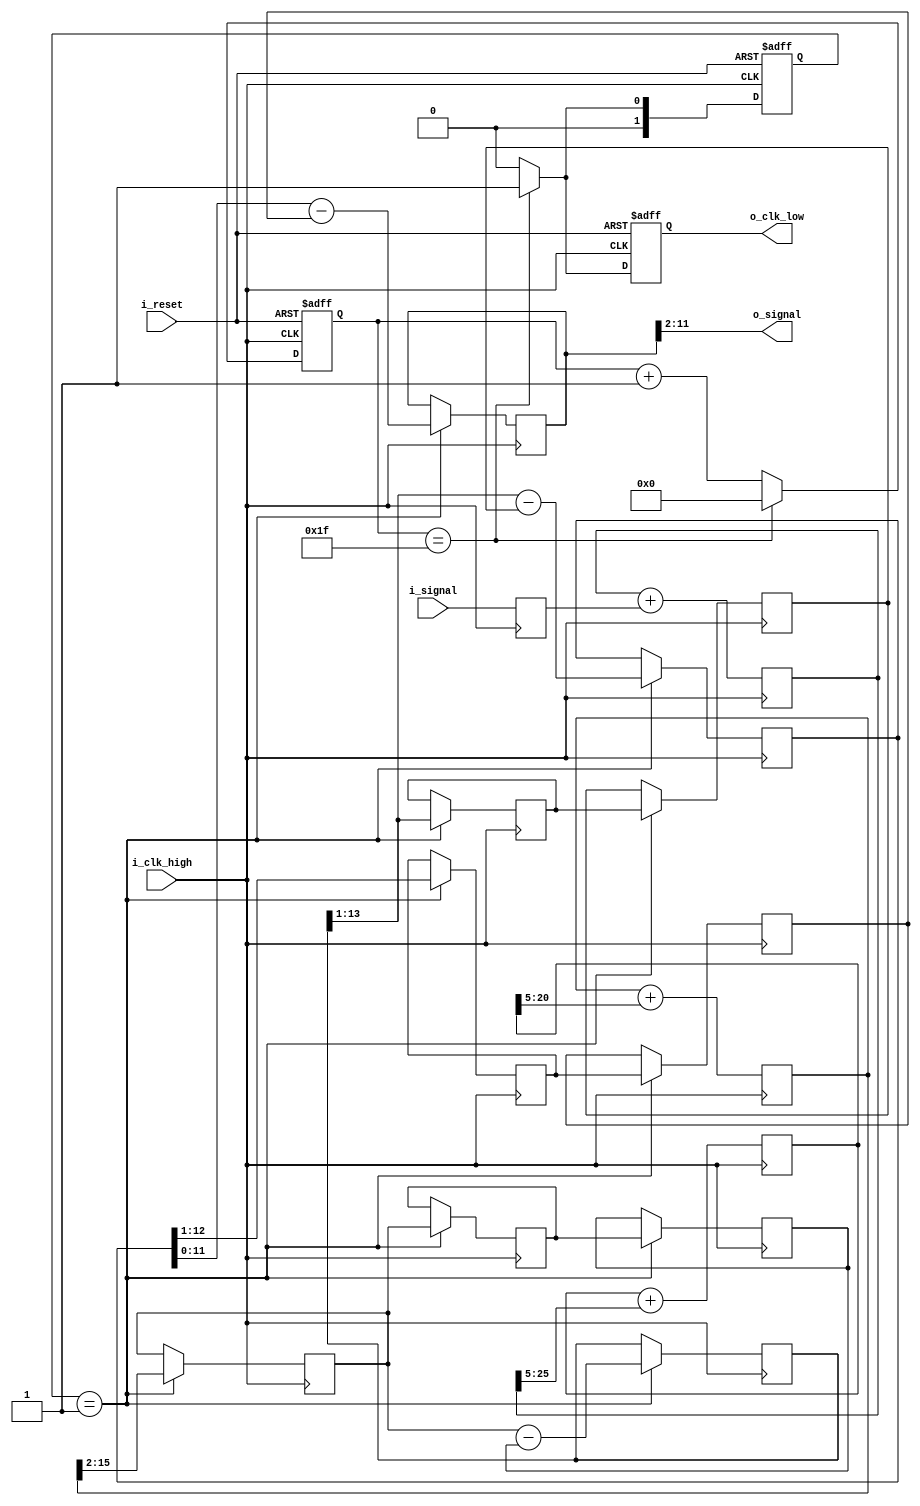
// Company : CKT
// Module : CIC filter
// Descrisption: CIC Decimation filter with factor of 32. This example base on example of Uwe.Meyer - Bease 
// Books: Digital Signal Processing , Page 695
// CIC Decimation includes 2 sectors: Intergrater and Comb
// Decimation factor M = 32 (decrease the Fs 32 times)
// Number of Intergrator stages: 3
// Number of Comb stages: 3
// Signal input bit width: 8 bits
// signal output bit width : 10 bits
module cic32
    (
        input i_clk_high,
        input i_reset,
        input [7:0] i_signal,
        output reg o_clk_low,
        output [9:0] o_signal
    );

    localparam hold   = 1'b0;
    localparam sample = 1'b1;
    reg [1:0] r_main_ST;
    reg [4:0] r_counter;
    reg [7:0] r_signal_in;
    reg [25:0] r_intergrator_0;
    reg [20:0] r_intergrator_1;
    reg [15:0] r_intergrator_2;
    reg [13:0] r_intergrator_2_decimation_1;
    reg [13:0] r_intergrator_2_decimation_2;
    reg [13:0] r_comb_0;
    reg [13:0] r_comb_1;
    reg [12:0] r_comb_1_decimation_1;
    reg [12:0] r_comb_1_decimation_2;
    reg [12:0] r_comb_2;
    reg [11:0] r_comb_2_decimation_1;
    reg [11:0] r_comb_2_decimation_2;
    reg [11:0] r_comb_3;

    always @(posedge i_clk_high or posedge i_reset)
        begin
            if(i_reset)
                begin
                    r_counter <= 5'b0;
                    r_main_ST <= hold;
                    o_clk_low <= 1'b0;
                end
            else
                begin
                    if (r_counter == 5'd31)
                        begin
                            r_counter <= 5'b0;
                            r_main_ST <= sample;
                            o_clk_low <= 1'b1;
                        end
                    else
                        begin
                            r_counter <= r_counter + 1;
                            r_main_ST <= hold;
                            o_clk_low <= 1'b0;
                        end
                    // done create new low speed clock sample and state machine for sampling
                end
        end
    
    // always block for intergrator sections
    always @(posedge i_clk_high)
        begin
            r_signal_in     <= i_signal;
            r_intergrator_0 <= r_intergrator_0 + r_signal_in;
            r_intergrator_1 <= r_intergrator_1 + r_intergrator_0[25:5];
            r_intergrator_2 <= r_intergrator_2 + r_intergrator_1[20:5];
        end
    
    // always block for 3 comb sections
    always @(posedge i_clk_high)
        begin
            if (r_main_ST == sample)
                begin
                    r_comb_0 <= r_intergrator_2[15:2];
                    r_intergrator_2_decimation_1 <= r_comb_0;
                    r_intergrator_2_decimation_2 <= r_intergrator_2_decimation_1;
                    r_comb_1 <= r_comb_0 - r_intergrator_2_decimation_2;
                    r_comb_1_decimation_1 <= r_comb_1[13:1];
                    r_comb_1_decimation_2 <= r_comb_1_decimation_1;
                    r_comb_2 <= r_comb_1[13:1] - r_comb_1_decimation_2;
                    r_comb_2_decimation_1 <= r_comb_2[12:1];
                    r_comb_2_decimation_2 <= r_comb_2_decimation_1;
                    r_comb_3 <= r_comb_2 - r_comb_2_decimation_2;
                end
        end

    assign o_signal = r_comb_3[11:2];
endmodule